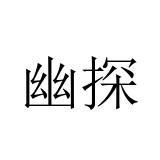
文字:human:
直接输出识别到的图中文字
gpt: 幽探